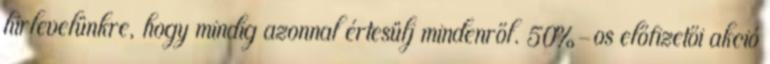
hírlevelünkre, hogy mindig azonnal értesülj mindenről. 50%-os előfizetői akció